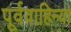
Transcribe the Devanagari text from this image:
पूर्ववाहिन्या